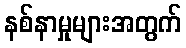
နစ်နာမှုများအတွက်